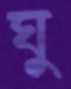
ঘু